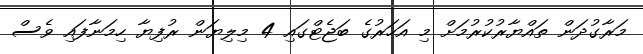
މަރާގުދަން ތައްޔާރުކުރުމަށް މި އަހަރުގެ ބަޖެޓްގައި 4 މިލިޔަން ރުފިޔާ ހިމަނާފައި ވެސް